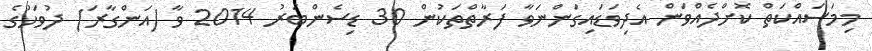
މިމަސައްކަތް ކޮށްދެއްވަން އެދިވަޑައިގަންނަވާ ފަރާތްތަކުން 30 ޑިސެންބަރު 2014 ވާ (އަންގާރަ) ދުވަހުގެ